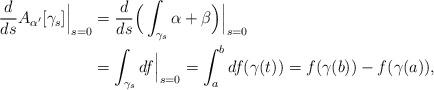
LaTeX: \begin{align*}\frac{d}{ds}A_{\alpha'}[\gamma_s]\Big\vert_{s=0} &=\frac{d}{ds}\Big(\int_{\gamma_s}\alpha+\beta\Big)\Big\vert_{s=0}\\&=\int_{\gamma_s} df\Big\vert_{s=0}=\int_a^b df(\gamma(t))=f(\gamma(b))-f(\gamma(a)),\end{align*}